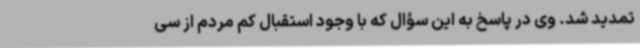
تمدید شد. وی در پاسخ به این سؤال که با وجود استقبال کم مردم از سی